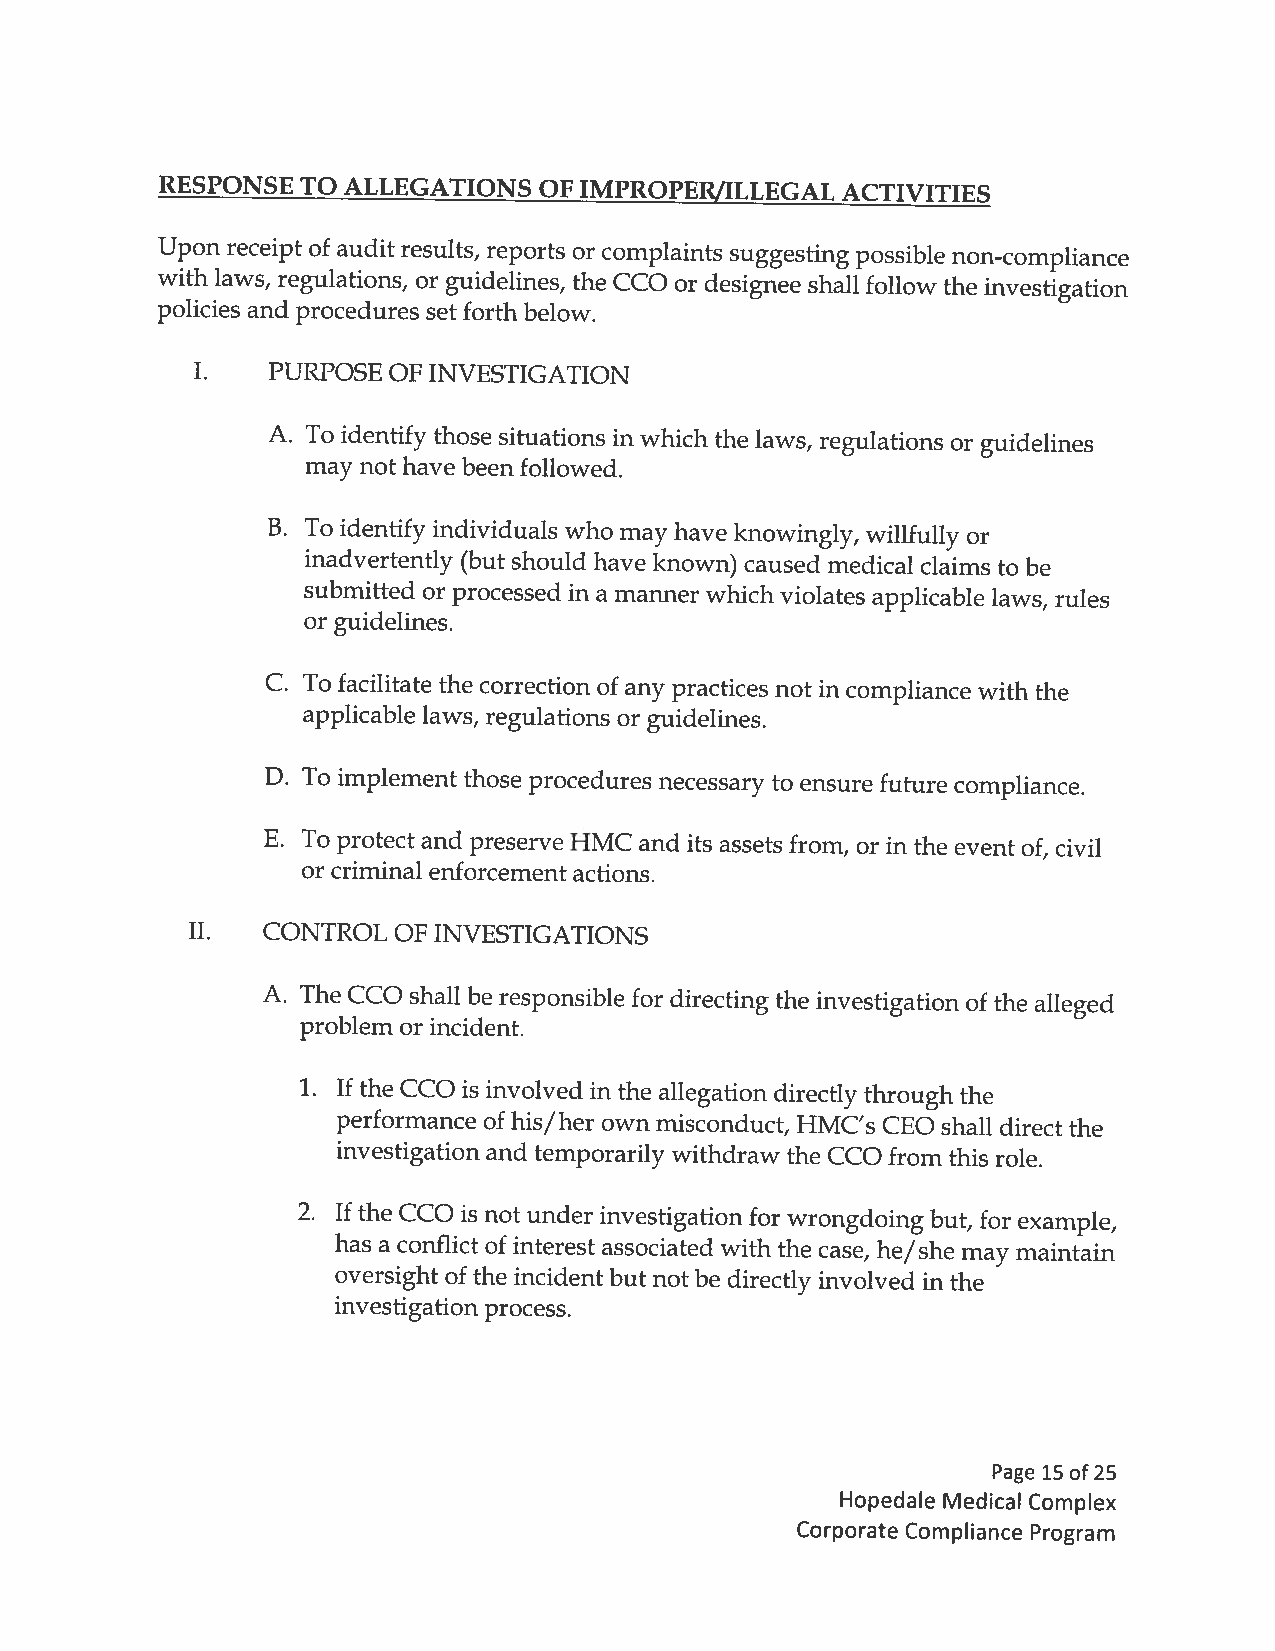
RESPONSETO  ALLEGATIONS  OF IMPROPER/ILLEGAL ACTIVITIES
 Upon receipt of audit results, reports or complaints suggesting possible non-compliance
 with laws, regulations, or guidelines, the CCO or designee shall follow the investigation
 policies and procedures set forth below.
 PURPOSE OF INVESTIGATION
 A. To identify those situations in which the laws, regulations or guidelines
 may not have been followed.
 B. To identify individuals who may have knowingly, willfully or
 inadvertently (but should have known) caused medical claims to be
 submitted or processed in a manner which violates applicable laws, rules
 or guidelines.
 C. To facilitate the correction of any practices not in compliance with the
 applicable laws, regulations or guidelines.
 D. To implement those procedures necessary to ensure future compliance.
 E. To protect and preserve HMC and its assets from, or in the event of, civil
 or criminal enforcement actions.
 II.  CONTROL  OF INVESTIGATIONS
 A. The CCO shall be responsible for directing the investigation of the alleged
 problem or incident.
 1. If the CCO is involved in the allegation directly through the
 performance of his/her own misconduct, HMC’s CEO shall direct the
 investigation and temporarily withdraw the CCO from this role.
 2. If the CCO is not under investigation for wrongdoingbut, for example,
 has a conflict of interest associated with the case, he/she may maintain
 oversight of the incident but not be directly involved in the
 investigation process.
 Page 15 of25
 Hopedale Medical Complex
 Corporate Compliance Program